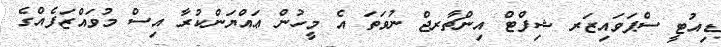
ޑިއުޓީ ސްޕަވައިޒަރ ޝިފްޓް އިންޗާރޖް ނުވަތަ އެ މީހުން ޢައްޔަންކުރާ އިސް މުވައްޒަފެއްގެ